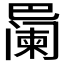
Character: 𪩱